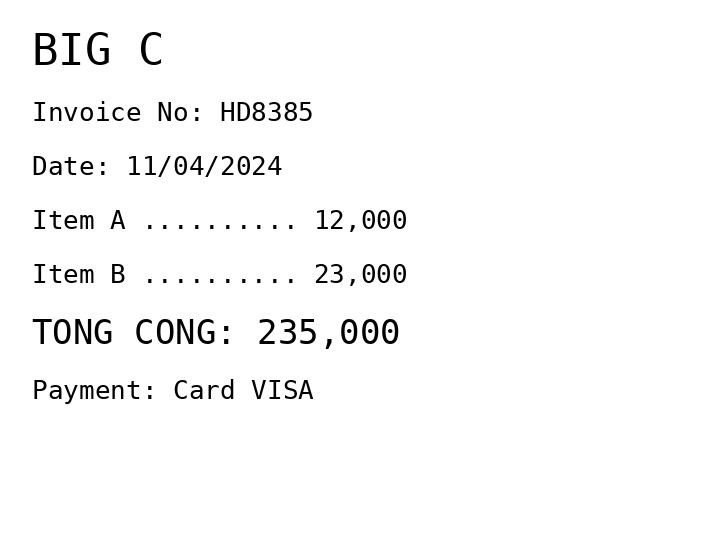
BIG C
Invoice No: HD8385
Date: 11/04/2024
Item A .......... 12,000
Item B .......... 23,000
TONG CONG: 235,000
Payment: Card VISA
Merchant: big c
Date: 2024-04-11
Total: 235000
Invoice No: HD8385
Payment method: CARD